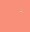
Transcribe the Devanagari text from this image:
ॱ